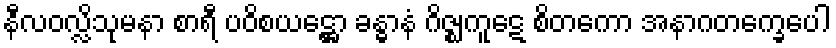
နီလဝလ္လိသုမနာ စာရီ ပဝိစယဋ္ဌော ခန္ဓာနံ ဂိဇ္ဈကူဋေ စိတကော အနာဂတက္ခေပေါ